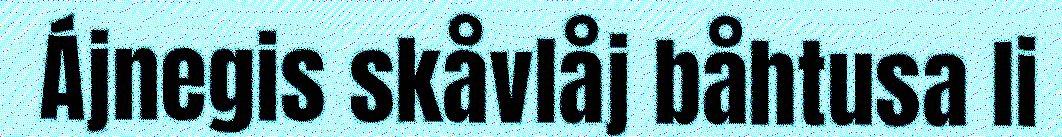
Ájnegis skåvlåj båhtusa li